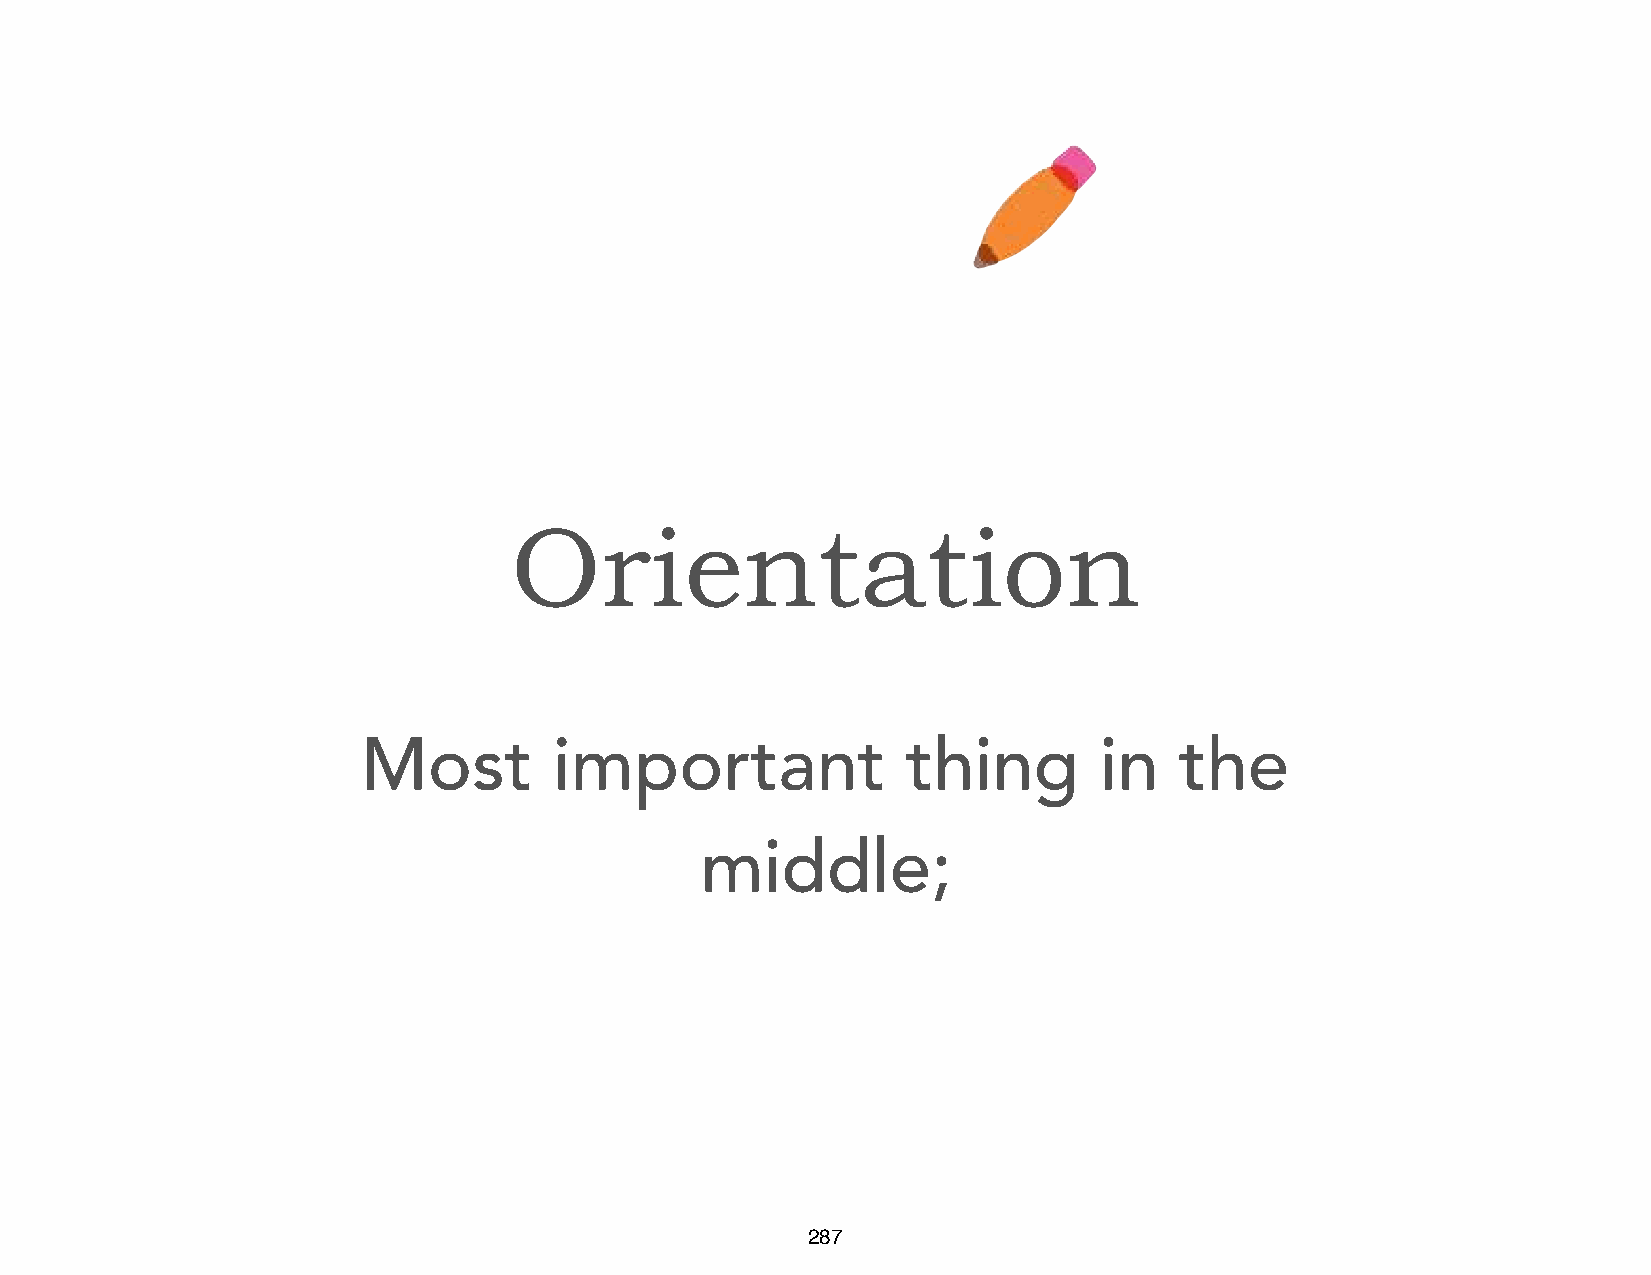
Orientation
 Most         important              thing        in   the
 middle;
 287